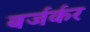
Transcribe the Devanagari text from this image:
बर्जर्कर